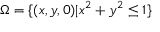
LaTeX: \Omega = \{ ( x , y , 0 ) | x ^ { 2 } + y ^ { 2 } \leq 1 \}